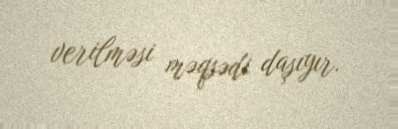
verilməsi məqsədi daşıyır.